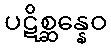
ပဋိစ္ဆန္နေဝ